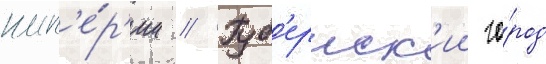
имп'е́р'ии // Губ'ернск'ии го́род